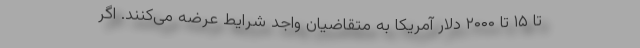
تا ۱۵ تا ۲۰۰۰ دلار آمریکا به متقاضیان واجد شرایط عرضه می‌کنند. اگر